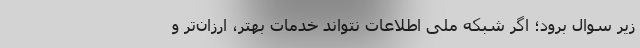
زیر سوال برود؛ اگر شبکه ملی اطلاعات نتواند خدمات بهتر، ارزان‌تر و